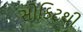
સોકિટથી